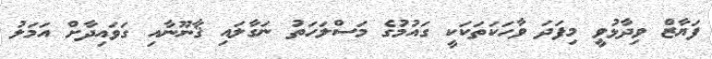
ފަޔާޒް ވިދާޅުވީ މިފަދަ ވާހަކަތަކަކީ ގައުމުގެ މަސްލަހަތު ނަގާލައި ޤާނޫނާއި ގަވައިދާށް އަމަލު